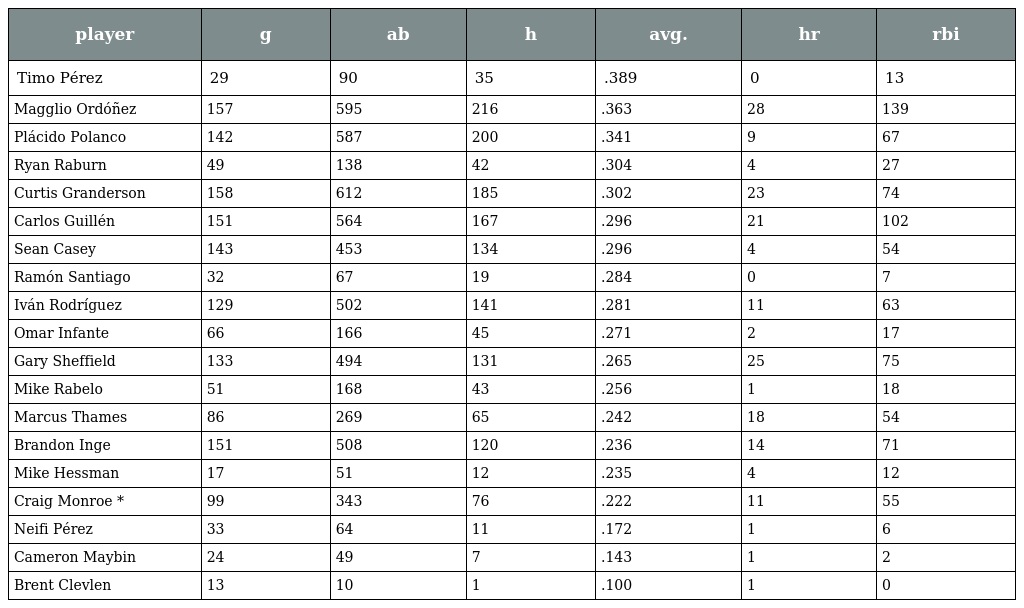
| player | g | ab | h | avg. | hr | rbi |
 | --- | --- | --- | --- | --- | --- | --- |
 | Timo Pérez | 29 | 90 | 35 | .389 | 0 | 13 |
 | Magglio Ordóñez | 157 | 595 | 216 | .363 | 28 | 139 |
 | Plácido Polanco | 142 | 587 | 200 | .341 | 9 | 67 |
 | Ryan Raburn | 49 | 138 | 42 | .304 | 4 | 27 |
 | Curtis Granderson | 158 | 612 | 185 | .302 | 23 | 74 |
 | Carlos Guillén | 151 | 564 | 167 | .296 | 21 | 102 |
 | Sean Casey | 143 | 453 | 134 | .296 | 4 | 54 |
 | Ramón Santiago | 32 | 67 | 19 | .284 | 0 | 7 |
 | Iván Rodríguez | 129 | 502 | 141 | .281 | 11 | 63 |
 | Omar Infante | 66 | 166 | 45 | .271 | 2 | 17 |
 | Gary Sheffield | 133 | 494 | 131 | .265 | 25 | 75 |
 | Mike Rabelo | 51 | 168 | 43 | .256 | 1 | 18 |
 | Marcus Thames | 86 | 269 | 65 | .242 | 18 | 54 |
 | Brandon Inge | 151 | 508 | 120 | .236 | 14 | 71 |
 | Mike Hessman | 17 | 51 | 12 | .235 | 4 | 12 |
 | Craig Monroe * | 99 | 343 | 76 | .222 | 11 | 55 |
 | Neifi Pérez | 33 | 64 | 11 | .172 | 1 | 6 |
 | Cameron Maybin | 24 | 49 | 7 | .143 | 1 | 2 |
 | Brent Clevlen | 13 | 10 | 1 | .100 | 1 | 0 |